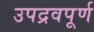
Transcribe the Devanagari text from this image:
उपद्रवपूर्ण